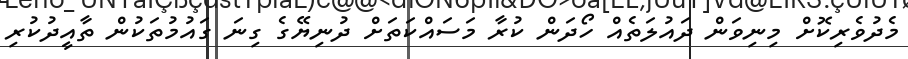
މެދުވެރިކޮށް މިނިވަން ދައުލަތެއް ހޯދަން ކުރާ މަސައްކަތަށް ދުނިޔޭގެ ގިނަ ގައުމުތަކުން ތާއީދުކުރި